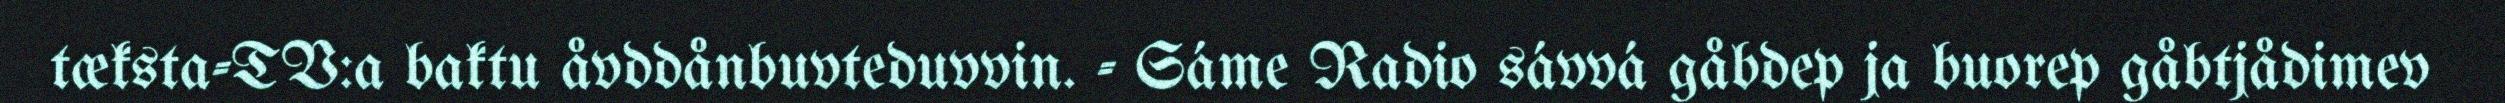
tæksta-TV:a baktu åvddånbuvteduvvin. - Sáme Radio sávvá gåbdep ja buorep gåbtjådimev